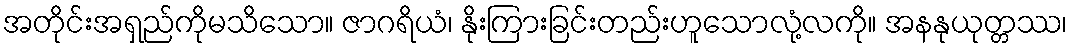
အတိုင်းအရှည်ကိုမသိသော။ ဇာဂရိယံ၊ နိုးကြားခြင်းတည်းဟူသောလုံ့လကို။ အနနုယုတ္တဿ၊